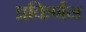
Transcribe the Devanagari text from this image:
प्रकिर्णन